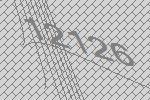
12126